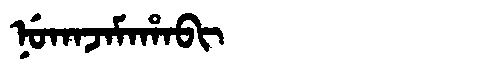
Manchu: ᠨᡠᡴᠠᠵᠠᠮᠠᡥᠠᠪᡳ
Romanization: NUKAJAMAHABI